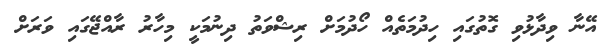
އޭނާ ވިދާޅުވި ގޮތުގައި ހިދުމަތެއް ހޯދުމަށް ރިޝްވަތު ދިނުމަކީ މިހާރު ރާއްޖޭގައި ވަރަށް